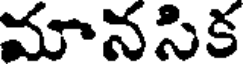
మానసిక